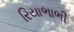
રિયાભાભી